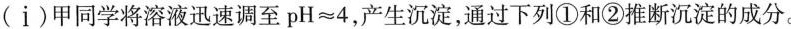
(i)甲同学将溶液迅速调至pH≈4，产生沉淀，通过下列①\rightarrow和②\rightarrow推断沉淀的成分。